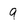
Character: 9